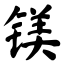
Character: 镁